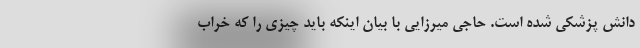
دانش پزشکی شده است. حاجی میرزایی با بیان اینکه باید چیزی را که خراب